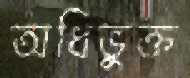
অধিভুক্ত